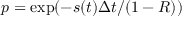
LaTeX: p = \exp ( - s ( t ) \Delta t / ( 1 - R ) )